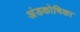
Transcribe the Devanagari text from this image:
अंडकोषिका